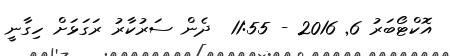
އޮކްޓޯބަރު 6